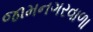
જામનગરવાળા